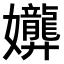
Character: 𫲟